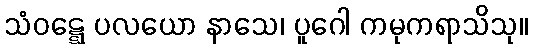
သံဝဋ္ဋေ ပလယော နာသေ၊ ပူဂေါ ကမုကရာသိသု။